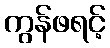
ကွန်ဖရင့်